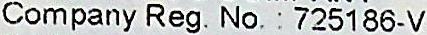
COMPANY REG. NO. : 725186-V